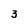
Character: 3